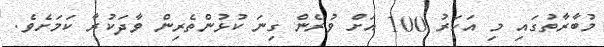
މުބާރާތުގައި މި އަހަރު 100 އަށް ވުރެން ގިނަ ކުޅުންތެރިން ވާދަކުރާ ކަމަށެވެ.